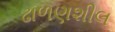
ઢાળણશીલ